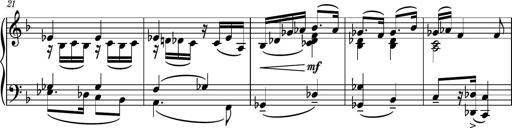
Title: Piano Sonatina No.5
Composer: Dimitri Sykias
Key: C minor